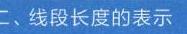
二、线段长度的表示